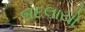
બદલાયો